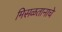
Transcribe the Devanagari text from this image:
मिसळतानाचे